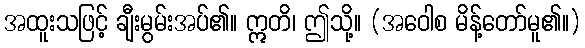
အထူးသဖြင့် ချီးမွမ်းအပ်၏။ ဣတိ၊ ဤသို့။ (အဝေါစ မိန့်တော်မူ၏။)